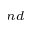
^ { n d }